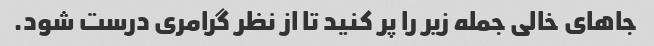
جاهای خالی جمله زیر را پر کنید تا از نظر گرامری درست شود.